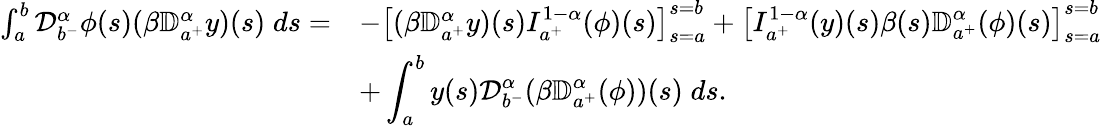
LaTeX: \begin{array}{rl}{\int_{a}^{b}{\mathcal D}_{b^{-}}^{\alpha}\phi(s)(\beta{\mathbb D}_{a^{+}}^{\alpha}y)(s)\; ds=}&{-\left[(\beta{\mathbb D}_{a^{+}}^{\alpha}y)(s)I_{a^{+}}^{1-\alpha}(\phi)(s)\right]_{s=a}^{s=b}+\displaystyle\left[I_{a^{+}}^{1-\alpha}(y)(s)\beta(s){\mathbb D}_{a^{+}}^{\alpha}(\phi)(s)\right]_{s=a}^{s=b}}\\ &{+\displaystyle\int_{a}^{b}y(s){\mathcal D}_{b^{-}}^{\alpha}(\beta{\mathbb D}_{a^{+}}^{\alpha}(\phi))(s)\; ds.}\end{array}